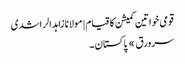
قومی خواتین کمیشن کا قیام | مولانا زاہد الراشدی
سرورق » پاکستان ۔